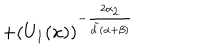
+ ( U _ { 1 } ( x ) ) ^ { - \frac { 2 \alpha _ { 2 } } { { \tilde { d } } ( \alpha + \beta ) } }